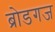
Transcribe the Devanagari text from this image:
ब्रोडगज